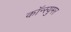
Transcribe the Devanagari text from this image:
कॉन्स्युमर